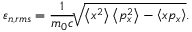
\varepsilon _ { n , r m s } = \frac { 1 } { m _ { 0 } c } \sqrt [ ] { \left\langle x ^ { 2 } \right\rangle \left\langle p _ { x } ^ { 2 } \right\rangle - \left\langle x p _ { x } \right\rangle } .